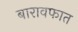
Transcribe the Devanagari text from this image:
बारावफात